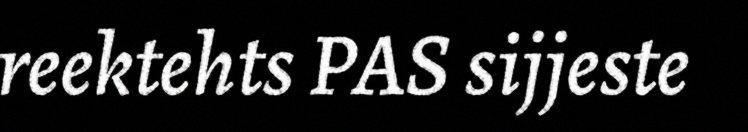
reektehts PAS sijjeste